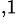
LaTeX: ^{,1}